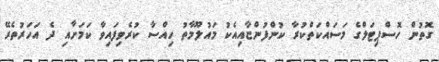
ގޮތުން ހޮސްޕިޓަލްގެ މަސައްކަތްކުރާ ކުންފުންޏާއިއެކު މައުލޫމާތު ހިއްސާ ކުރެވިފައިވާ ކަަމަށާއި ދެ އަހަރުތެރޭ